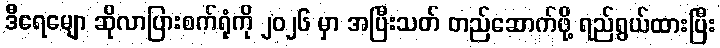
ဒီရေမျော ဆိုလာပြားစက်ရုံကို ၂၀၂၆ မှာ အပြီးသတ် တည်ဆောက်ဖို့ ရည်ရွယ်ထားပြီး